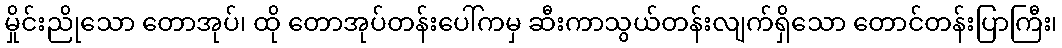
မှိုင်းညိုသော တောအုပ်၊ ထို တောအုပ်တန်းပေါ်ကမှ ဆီးကာသွယ်တန်းလျက်ရှိသော တောင်တန်းပြာကြီး၊